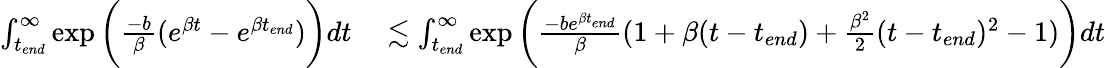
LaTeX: \begin{array}{rl}{\int_{t_{end}}^{\infty}\exp{\bigg(\frac{-b}{\beta}(e^{\beta t}-e^{\beta t_{end}})\bigg)}dt}&{{}\lesssim\int_{t_{end}}^{\infty}\exp{\bigg(\frac{-be^{\beta t_{end}}}{\beta}(1+\beta(t-t_{end})+\frac{\beta^{2}}{2}(t-t_{end})^{2}-1)\bigg)}dt}\end{array}